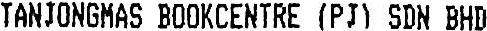
TANJONGMAS BOOKCENTRE (PJ) SDN BHD